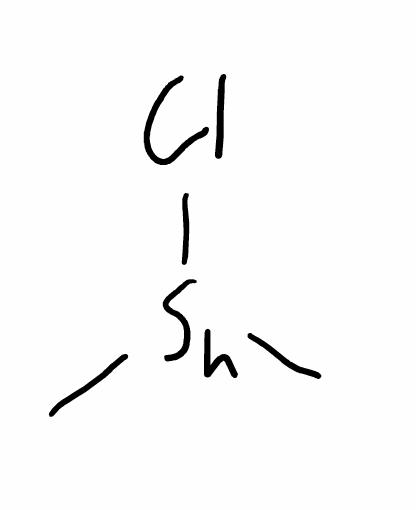
Simplified molecular-input line-entry system (SMILES) notation of the given molecule:
C[Sn](C)Cl